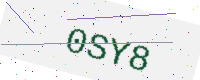
Text: 0SY8